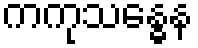
ကကုသန္ဓေန